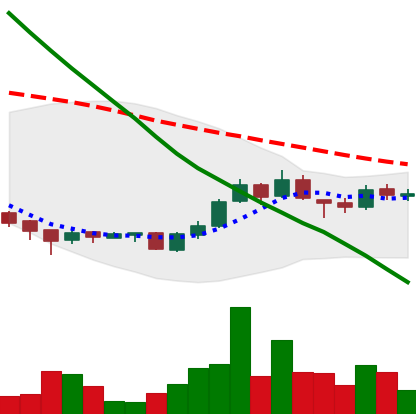
Ticker: ADA-USD
Chart end date: 2018-09-29
Forward return: -3.903%
Label: down_3_5